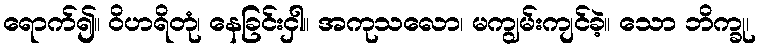
ရောက်၍။ ဝိဟရိတုံ၊ နေခြင်းငှါ။ အကုသလော၊ မကျွမ်းကျင်ခဲ့။ သော ဘိက္ခု၊